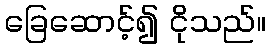
ခြေဆောင့်၍ ငိုသည်။